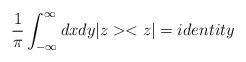
LaTeX: \begin{align*}\frac{1}{\pi}\int_{-\infty}^{\infty}dxdy |z><z|=identity\end{align*}